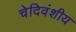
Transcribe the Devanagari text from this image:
चेदिवंशीय